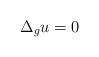
LaTeX: \begin{align*} \Delta_gu=0\end{align*}